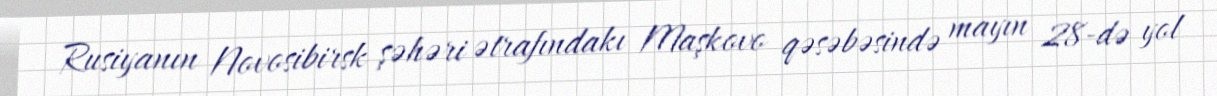
Rusiyanın Novosibirsk şəhəri ətrafındakı Maşkovo qəsəbəsində mayın 28-də yol